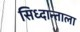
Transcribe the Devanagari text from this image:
सिध्दान्ताला